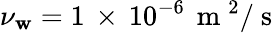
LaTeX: \nu_{\mathbf{w}}=1\, \times\, 10^{-6}\, \mathrm{{~m~}}^{2}/\mathrm{{~s~}}